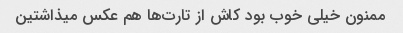
ممنون خیلی خوب بود کاش از تارت‌ها هم عکس میذاشتین